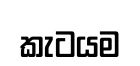
කැටයම